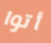
أتوا